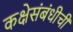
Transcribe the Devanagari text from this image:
कक्षेसंबंधीची